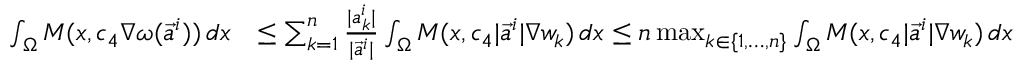
\begin{array} { r l } { \int _ { \Omega } M ( x , c _ { 4 } \nabla \omega ( \vec { a } ^ { i } ) ) \, d x } & { \leq \sum _ { k = 1 } ^ { n } \frac { | a _ { k } ^ { i } | } { | \vec { a } ^ { i } | } \int _ { \Omega } M ( x , c _ { 4 } | \vec { a } ^ { i } | \nabla w _ { k } ) \, d x \leq n \operatorname* { m a x } _ { k \in \{ 1 , \dots , n \} } \int _ { \Omega } M ( x , c _ { 4 } | \vec { a } ^ { i } | \nabla w _ { k } ) \, d x } \end{array}